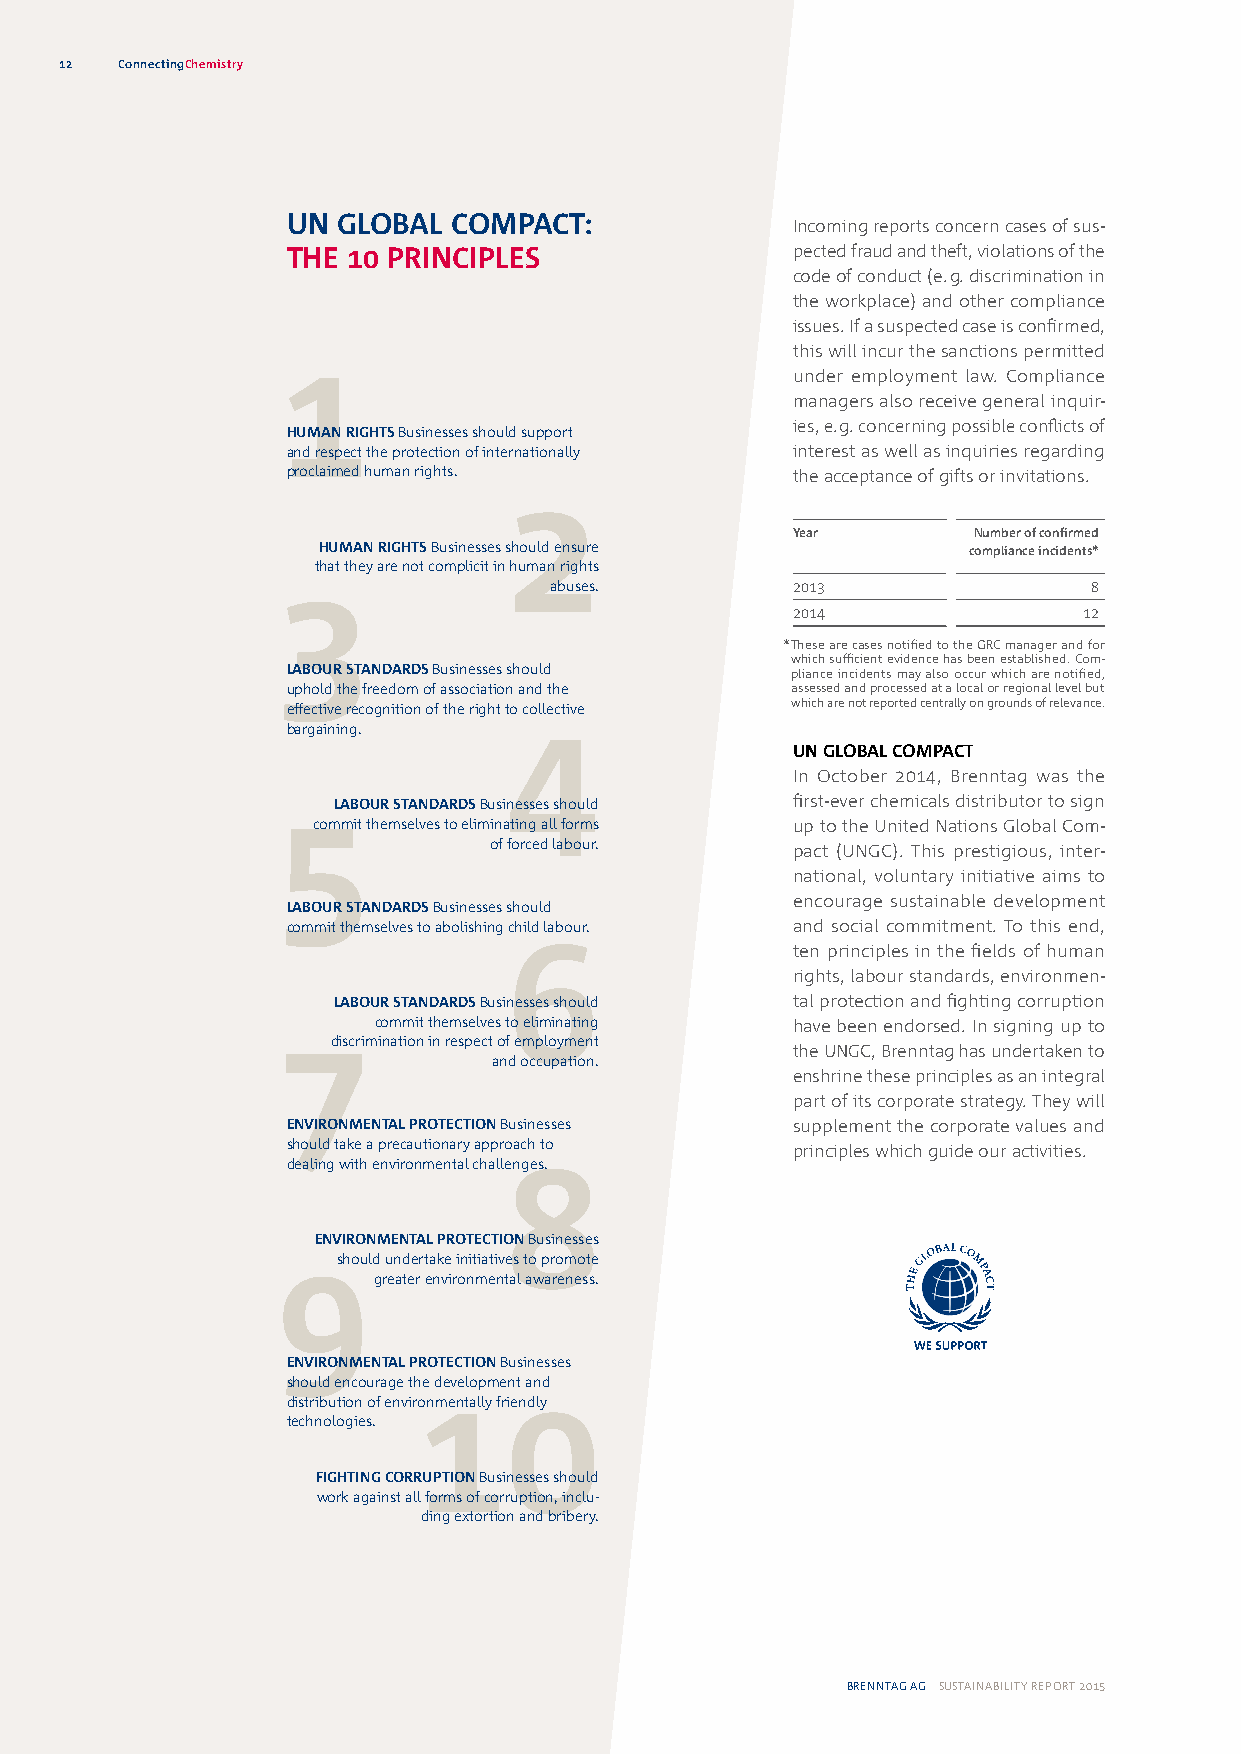
12  ConnectingChemistry
 UN GLOBAL  COMPACT:              Incoming reports concern cases of sus-
 THE 10 PRINCIPLES                pected fraud and theft, violations of the
 code of conduct (e. g. discrimination in
 the workplace) and other compliance
 issues. If a suspected case is confirmed,
 1                                 this will incur the sanctions permitted
 under employment law. Compliance
 managers also receive general inquir-
 ies, e. g. concerning possible conflicts of
 HUMAN RIGHTS Businesses should support
 and respect the protection of internationally interest as well as inquiries regarding
 proclaimed human rights.         the acceptance of gifts or invitations.
 2
 Year        Number of confirmed
 HUMAN RIGHTS Businesses should ensure      compliance incidents*
 that they are not complicit in human rights
 3
 abuses.         2013                8
 2014                12
 * These are cases notified to the GRC manager and for
 which sufficient evidence has been established. Com-
 LABOUR STANDARDS Businesses should pliance incidents may also occur which are notified,
 uphold the freedom of association and the assessed and processed at a local or regional level but
 effective recognition of the right t4o collective which are not reported centrally on grounds of relevance.
 bargaining.
 UN GLOBAL COMPACT
 In October 2014, Brenntag was the
 5LABOUR STANDARDS Businesses should first-ever chemicals distributor to sign
 commit themselves to eliminating all forms up to the United Nations Global Com-
 of forced labour.   pact (UNGC). This prestigious, inter-
 national, voluntary initiative aims to
 encourage sustainable development
 LABOUR STANDARDS Businesses should
 commit themselves to abolishing child labour. and social commitment. To this end,
 6
 ten principles in the fields of human
 rights, labour standards, environmen-
 LABOUR STANDARDS Businesses should tal protection and fighting corruption
 7commit   themselves to eliminating have been endorsed. In signing up to
 discrimination in respect of employment
 the UNGC, Brenntag has undertaken to
 and occupation.
 enshrine these principles as an integral
 part of its corporate strategy. They will
 ENVIRONMENTAL PROTECTION Businesses supplement the corporate values and
 should take a precautionary approach to principles which guide our activities.
 dealing with environmental challe8nges.
 ENVIRONMENTAL PROTECTION Businesses
 9should undertake initiatives to promote
 greater environmental awareness.
 ENVIRONMENTAL PROTECTION Businesses
 should encourage the development and
 10
 distribution of environmentally friendly
 technologies.
 FIGHTING CORRUPTION Businesses should
 work against all forms of corruption, inclu-
 ding extortion and bribery.
 BRENNTAG AG SUSTAINABILITY REPORT 2015